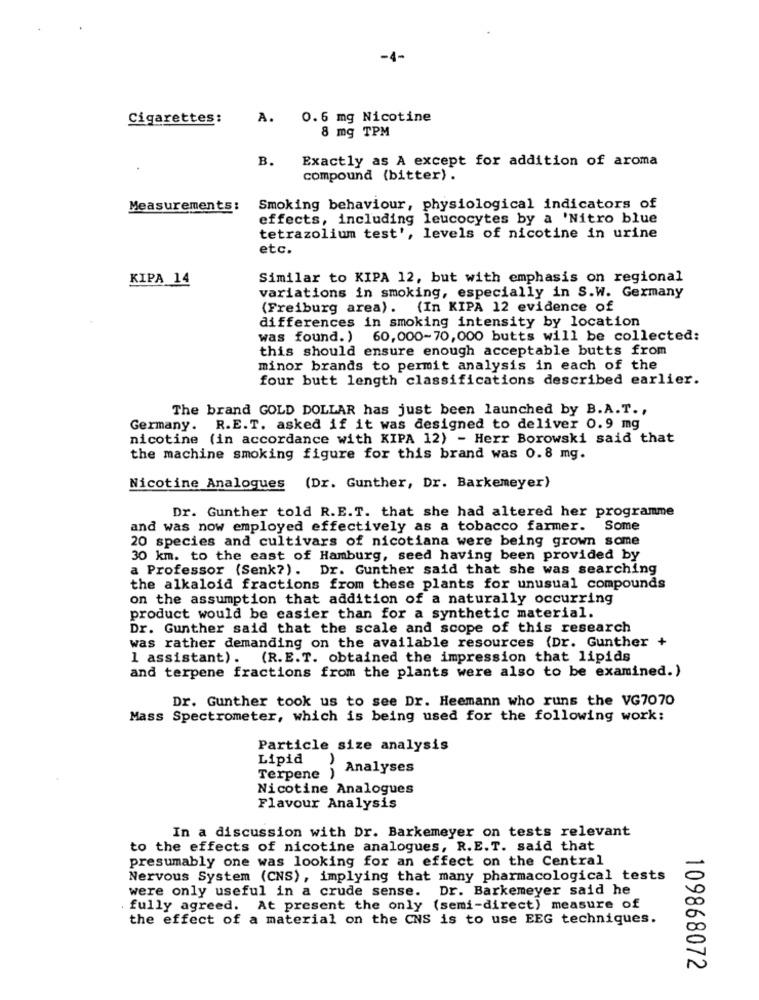
-4-
Cigarettes:
A.
0.6 mg Nicotine
8 mg TPM
B.
Exactly as A except for addition of aroma
compound (bitter) .
Measurements:
Smoking behaviour, physiological indicators of
effects, including leucocytes by a 'Nitro blue
tetrazolium test', levels of nicotine in urine
etc.
KIPA 14
Similar to KIPA 12, but with emphasis on regional
variations in smoking, especially in S.W. Germany
(Freiburg area). (In KIPA 12 evidence of
differences in smoking intensity by location
was found.) 60,000-70, 000 butts will be collected:
this should ensure enough acceptable butts from
minor brands to permit analysis in each of the
four butt length classifications described earlier.
The brand GOLD DOLLAR has just been launched by B.A.T .,
Germany. R.E.T. asked if it was designed to deliver 0.9 mg
nicotine (in accordance with KIPA 12) - Herr Borowski said that
the machine smoking figure for this brand was 0.8 mg.
Nicotine Analogues (Dr. Gunther, Dr. Barkemeyer)
Dr. Gunther told R.E.T. that she had altered her programme
and was now employed effectively as a tobacco farmer. Some
20 species and cultivars of nicotiana were being grown some
30 km. to the east of Hamburg, seed having been provided by
a Professor (Senk?) .
Dr. Gunther said that she was searching
the alkaloid fractions from these plants for unusual compounds
on the assumption that addition of a naturally occurring
product would be easier than for a synthetic material.
Dr. Gunther said that the scale and scope of this research
was rather demanding on the available resources (Dr. Gunther +
1 assistant). (R.E.T. obtained the impression that lipids
and terpene fractions from the plants were also to be examined.)
Dr. Gunther took us to see Dr. Heemann who runs the VG7070
Mass Spectrometer, which is being used for the following work:
Particle size analysis
Lipid
Analyses
Terpene
Nicotine Analogues
Flavour Analysis
In a discussion with Dr. Barkemeyer on tests relevant
to the effects of nicotine analogues, R.E.T. said that
presumably one was looking for an effect on the Central
Nervous System (CNS), implying that many pharmacological tests
were only useful in a crude sense. Dr. Barkemeyer said he
. fully agreed. At present the only (semi-direct) measure of
the effect of a material on the CNS is to use EEG techniques.
109868072